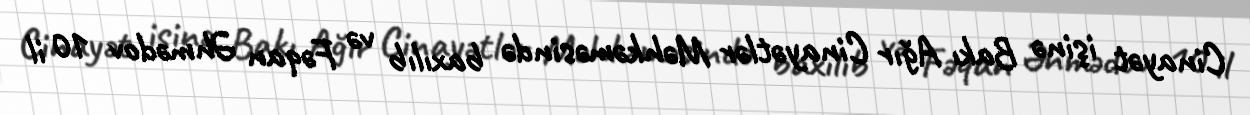
Cinayət işinə Bakı Ağır Cinayətlər Məhkəməsində baxılıb və Fəqan Əhmədov 10 il